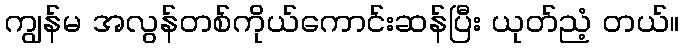
ကျွန်မ အလွန်တစ်ကိုယ်ကောင်းဆန်ပြီး ယုတ်ညံ့ တယ်။